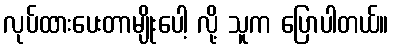
လုပ်ထားပေးတာမျိုးပေါ့ လို့ သူက ပြောပါတယ်။